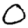
Digit: 0